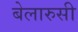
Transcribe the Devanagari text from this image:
बेलारुसी